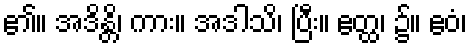
၏။ အဒိန္တိ၊ ကား။ အဒါသိ၊ ပြီး။ ဧတ္ထ၊ ၌။ ဧဝံ၊